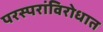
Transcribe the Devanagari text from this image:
परस्परांविरोधात